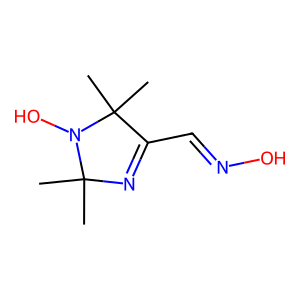
SMILES: CC1(C)N=C(C=NO)C(C)(C)N1O
Inhibits HIV replication: No